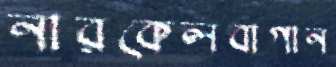
নারকেলবাগান